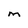
Character: M